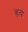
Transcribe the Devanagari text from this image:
ॠत्द्य